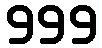
999